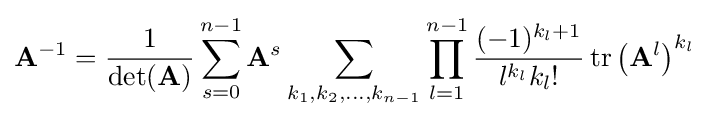
\mathbf {A} ^{-1}={\frac {1}{\det(\mathbf {A} )}}\sum _{s=0}^{n-1}\mathbf {A} ^{s}\sum _{k_{1},k_{2},\ldots ,k_{n-1}}\prod _{l=1}^{n-1}{\frac {(-1)^{k_{l}+1}}{l^{k_{l}}k_{l}!}}\operatorname {tr} \left(\mathbf {A} ^{l}\right)^{k_{l}}